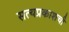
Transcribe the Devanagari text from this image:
सत्यप्रकाशची